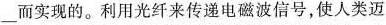
___而实现的。利用光纤来传递电磁波信号，使人类迈